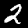
Digit: 2